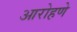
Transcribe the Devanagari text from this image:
आरोहणे